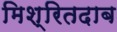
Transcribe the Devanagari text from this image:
मिश्रितदाब